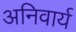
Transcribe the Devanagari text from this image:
अनिवार्य